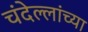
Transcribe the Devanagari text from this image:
चंदेल्लांच्या